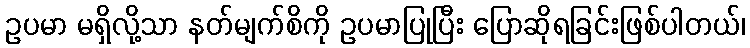
ဥပမာ မရှိလို့သာ နတ်မျက်စိကို ဥပမာပြုပြီး ပြောဆိုရခြင်းဖြစ်ပါတယ်၊